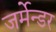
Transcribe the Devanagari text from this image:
जर्मेन्डर